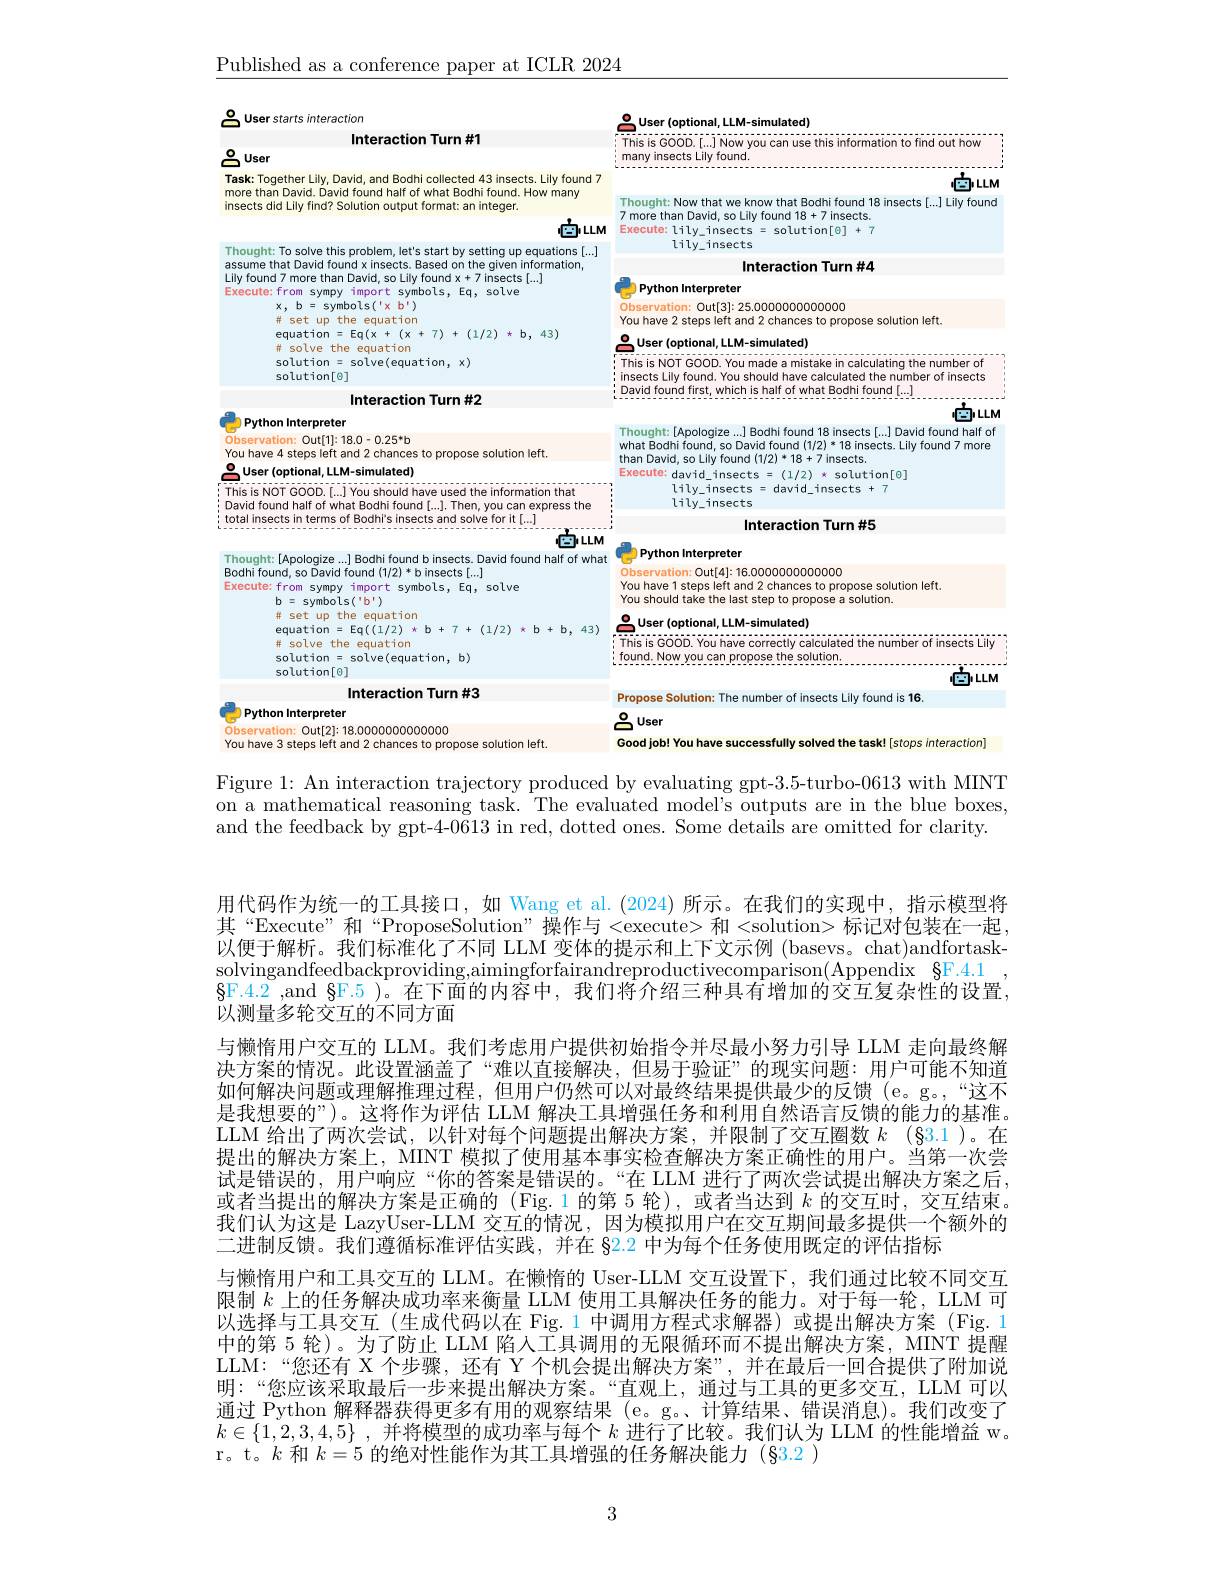
$\underline{\text{Published as a conferenc}}$

B User starts interaction

Interaction Turn #1

$\overset{\mathrm{O}}{\operatorname*{\operatorname*{\operatorname*{=}}}}$User (op
This is GOOD.[...] Now you can
many insects Lily found.
$\cdots\cdots\cdots\cdots$
$\square\square\square\square\square$

암user
Task: Together Lily, David,

Thought: Now that we kno

insects did Lily find? Solut

# Interaction Turn #4

P Python Interpreter

Thought: To solve this problem, let's start by setting up equations [...]
assume that David found x insects. Based on the given information, Lily found 7 more than David, so Lily found x+ 7 insects[ . . . ] Execute: from svmpv import svmbols. Ea. solve
Execute: from sympy import symbols, Eq, solve
$x$,
$symbols(1\times b^{\prime})$ set up the equation
43)
equation=Eq( $x^{\prime }$+ ( $x^{\prime }$+ 7$) ^{\prime }$+ ( 1/ 2) $\#$ solve the equation solution= solve( equation, x) solution[ 0]

Observation: Out[ 3] : 25. 000000000000000 You have 2 steps left and 2 chances to propose solution left.
O User( optional, LLM- simulated) This is NOT COOD. You made a mistake in calculating the number of insects Lily found. You should have calculated the number of insects David found first, which is half of what Bodhi found . . . ]

$\begin{array}{lll}\text{i insects Lily found. You should have ca}\end{array}$
$\square\square\square\square\square\square$

# Interaction Turn #2

Thought:[Apologize...] Bodhi found 18 insects[...] David found half of what Bodhi found, so David found (1/2)*18 insects. Lily found 7 more than David, so Lily found (1/2)*18+7 insects.

Python Interpreter
Observation: Out[1]:18.0-0.25*b

Execute: david_insects
(1/2)
solution[e]
$lily_insects=david_insects+T$
$lily_insects$

You have 4 steps left and 2 chances to propose solution left.
$\overset{\textcircled{0}}{\operatorname*{\operatorname*{\operatorname*{\operatorname*{\operatorname*{=}}}}}}$User (optional, LLM-simulated)
This is NOT GOOD.[...] You should have used the information that David found half of what Bodhi found[...]. Then, you can express the total insects in terms of Bodhi's insects and solve for it[...]
$卤\iota\iota M$

# Interaction Turn #5

This is GOOD. You have correctly calculated the number of insects Lily
$\vdots$ found. Now you can propose the solution.
$\square\square$
Propose Solution: The number of insects Lily found is 16.
음user
Good job! You have successfully solved the task! [stops interaction]

solution = solve(equation, b)

solution[0]

Interaction Turn #3

Python Interpreter
Observation: Out[2]: 18.0000000000000000

You have 3 steps left and 2 chances to propose solution left

Figure 1: An interaction trajectory produced by evaluating gpt-3.5-turbo-0613 with MINT on a mathematical reasoning task. The evaluated model's outputs are in the blue boxes, and the feedback by gpt-4-0613 in red, dotted ones. Some details are omitted for clarity.

用代码作为统一的工具接口，如 Wang et al.(2024) 所示。在我们的实现中，指示模型将其“Execute”和“ProposeSolution”操作与<execute>和<solution>标记对包装在一起， 以便于解析。我们标准化了不同 LLM 变体的提示和上下文示例 (basevs。chat)andfortask- $solvingandfeedbackproviding, aimingforfairandreproductivecomparison( Appendix$ $\S F. 4. 1$
$\bar{\text{§F.4.2 ,and §F.5 )。在下面的内容中，我们将介绍三种具有增加的交互复杂性的设置，}}$
以测量多轮交互的不同方面
与懒惰用户交互的 LLM。我们考虑用户提供初始指令并尽最小努力引导 LLM 走向最终解决方案的情况。此设置涵盖了“难以直接解决，但易于验证”的现实问题：用户可能不知道如何解决问题或理解推理过程，但用户仍然可以对最终结果提供最少的反馈 (e。g。,“这不是我想要的”)。这将作为评估 LLM 解决工具增强任务和利用自然语言反馈的能力的基准。LLM 给出了两次尝试，以针对每个问题提出解决方案，并限制了交互圈数$k$ (§3.1)。在提出的解决方案上，MINT 模拟了使用基本事实检查解决方案正确性的用户。当第一次尝试是错误的，用户响应“你的答案是错误的。“在 LLM 进行了两次尝试提出解决方案之后， 或者当提出的解决方案是正确的 (Fig.1 的第 5 轮),或者当达到$k$的交互时，交互结束。我们认为这是 LazyUser-LLM 交互的情况，因为模拟用户在交互期间最多提供一个额外的二进制反馈。我们遵循标准评估实践，并在 §2.2 中为每个任务使用既定的评估指标
与懒惰用户和工具交互的 LLM。在懒惰的 User-LLM 交互设置下，我们通过比较不同交互限制$k$上的任务解决成功率来衡量 LLM 使用工具解决任务的能力。对于每一轮，LLM 可以选择与工具交互(生成代码以在 Fig.1 中调用方程式求解器)或提出解决方案 (Fig.1中的第 5 轮)。为了防止 LLM 陷人工具调用的无限循环而不提出解决方案，MINT 提醒LLM:“您还有 X 个步骤，还有 Y 个机会提出解决方案”,并在最后一回合提供了附加说明：“您应该采取最后一步来提出解决方案。“直观上，通过与工具的更多交互，LLM 可以通过 Python 解释器获得更多有用的观察结果 (e。g。、计算结果、错误消息)。我们改变了$k\in\{1,2,3,4,5\}$ ,并将模型的成功率与每个$k$进行了比较。我们认为 LLM 的性能增益 w。r。t。$k$和$k=5$的绝对性能作为其工具增强的任务解决能力 (§3.2 )

3